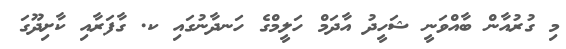
މި ގުރުއާން ބާއްވަނީ ޝަހީދު އާދަމް ހަލީމްގެ ހަނދާނުގައި ކ. ގާފަރާއި ކާށިދޫގަ